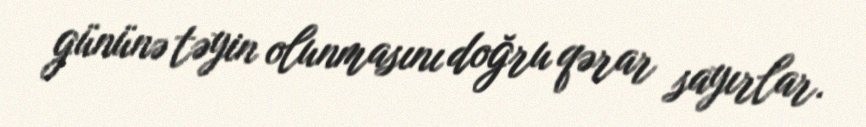
gününə təyin olunmasını doğru qərar sayırlar.